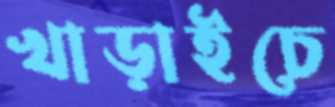
খাড়াইচে